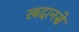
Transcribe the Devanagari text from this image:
रबदानसे